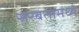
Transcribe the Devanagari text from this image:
सरबतामध्ये